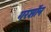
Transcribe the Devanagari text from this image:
गरशॉन